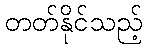
တတ်နိုင်သည့်